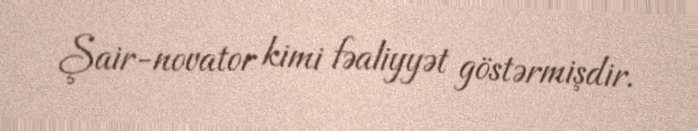
Şair-novator kimi fəaliyyət göstərmişdir.